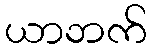
ယာဘက်